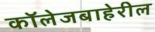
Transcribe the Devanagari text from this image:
कॉलेजबाहेरील